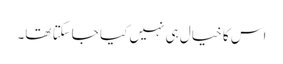
اس کا خیال ہی نہیں کیا جاسکتا تھا۔